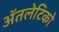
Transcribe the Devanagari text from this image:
ॲतलेटिको